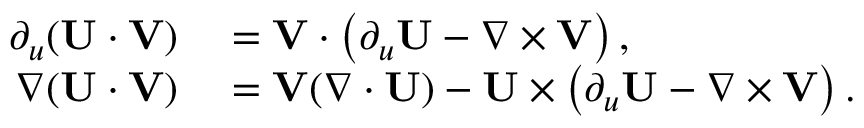
\begin{array} { r l } { \partial _ { u } ( \mathbf { U } \cdot \mathbf { V } ) } & { { } = \mathbf { V } \cdot \left( \partial _ { u } \mathbf { U } - \nabla \times \mathbf { V } \right) , } \\ { \nabla ( \mathbf { U } \cdot \mathbf { V } ) } & { { } = \mathbf { V } ( \nabla \cdot \mathbf { U } ) - \mathbf { U } \times \left( \partial _ { u } \mathbf { U } - \nabla \times \mathbf { V } \right) . } \end{array}